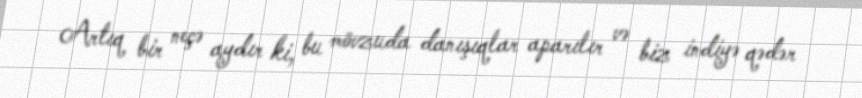
Artıq bir neçə aydır ki, bu mövzuda danışıqlar aparılır və biz indiyə qədər